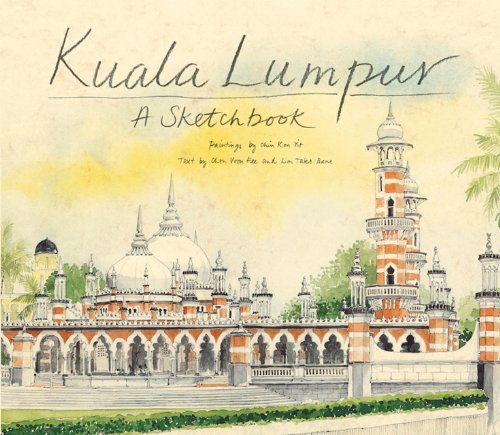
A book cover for Kuala Lumpur Sketchbook; Chen Voon Fee; Travel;